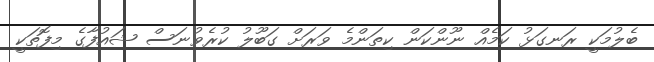
ބެލުމަކީ ރަނގަޅު ކަމެއް ނޫންކަން ކިތަންމެ ވަރަށް ގަބޫލު ކުރެވުނަސް ޝައުފާގެ މިފޮތަކީ